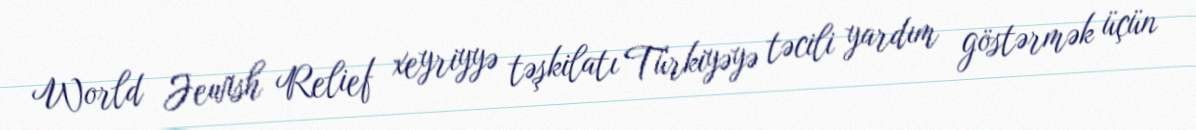
World Jewish Relief xeyriyyə təşkilatı Türkiyəyə təcili yardım göstərmək üçün